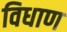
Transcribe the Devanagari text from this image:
विधाण